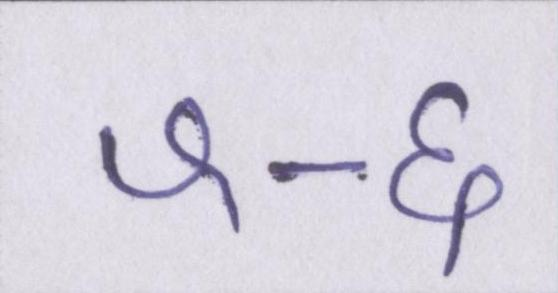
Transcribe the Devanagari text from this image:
५-६